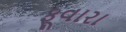
ફૂવારા